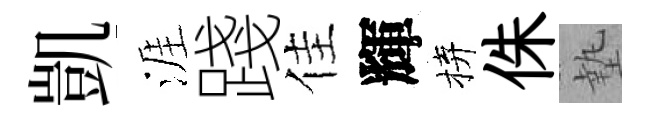
凱涯踐佳輝拚侏墊